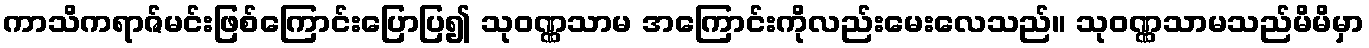
ကာသိကရာဇ်မင်းဖြစ်ကြောင်းပြောပြ၍ သုဝဏ္ဏသာမ အကြောင်းကိုလည်းမေးလေသည်။ သုဝဏ္ဏသာမသည်မိမိမှာ